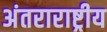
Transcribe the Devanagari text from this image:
अंतराराष्ट्रीय